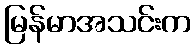
မြန်မာအသင်းက